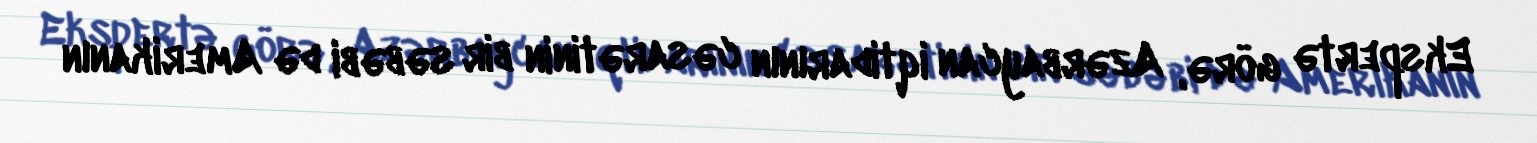
Ekspertə görə, Azərbaycan iqtidarının cəsarətinin bir səbəbi də Amerikanın